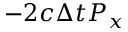
- 2 c \Delta t P _ { x }